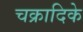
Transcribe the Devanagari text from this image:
चक्रादिके